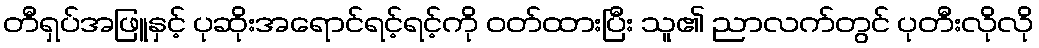
တီရှပ်အဖြူနှင့် ပုဆိုးအရောင်ရင့်ရင့်ကို ဝတ်ထားပြီး သူ၏ ညာလက်တွင် ပုတီးလိုလို